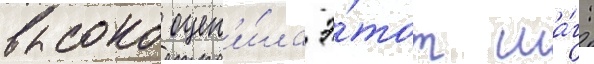
высоко оцен'и́ла э́тот ша́г: